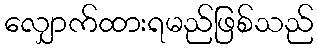
လျှောက်ထားရမည်ဖြစ်သည်